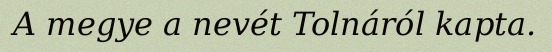
A megye a nevét Tolnáról kapta.